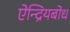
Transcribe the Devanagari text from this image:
ऐन्द्रियबोध